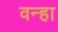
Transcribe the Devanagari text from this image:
वन्हा